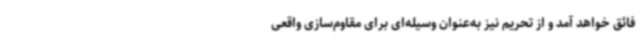
فائق خواهد آمد و از تحریم نیز به‌عنوان وسیله‌ای برای مقاوم‌سازی واقعی